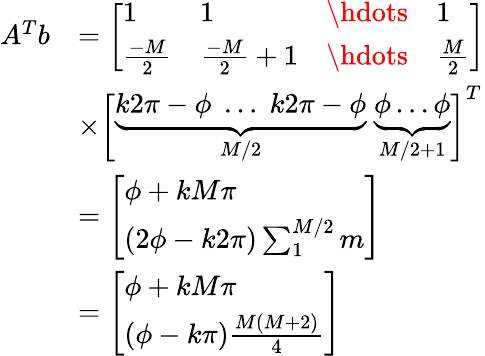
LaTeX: \begin{array}{rl}{A^{T}b}&{=\left[\begin{array}{llll}{1}&{1}&{\hdots}&{1}\\ {\frac{-M}{2}}&{\frac{-M}{2}+1}&{\hdots}&{\frac{M}{2}}\end{array}\right]}\\ &{\times\left[\begin{array}{l}{\underbrace{k2\pi-\phi\; \ldots\; k2\pi-\phi}_{M/2}\; \underbrace{\phi\ldots\phi}_{M/2+1}}\end{array}\right]^{T}}\\ &{=\left[\begin{array}{l}{\phi+kM\pi}\\ {(2\phi-k2\pi)\sum_{1}^{M/2}m}\end{array}\right]}\\ &{=\left[\begin{array}{l}{\phi+kM\pi}\\ {(\phi-k\pi)\frac{M(M+2)}{4}}\end{array}\right]}\end{array}